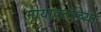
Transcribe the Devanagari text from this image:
मायावतींच्या